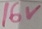
Text: 16V